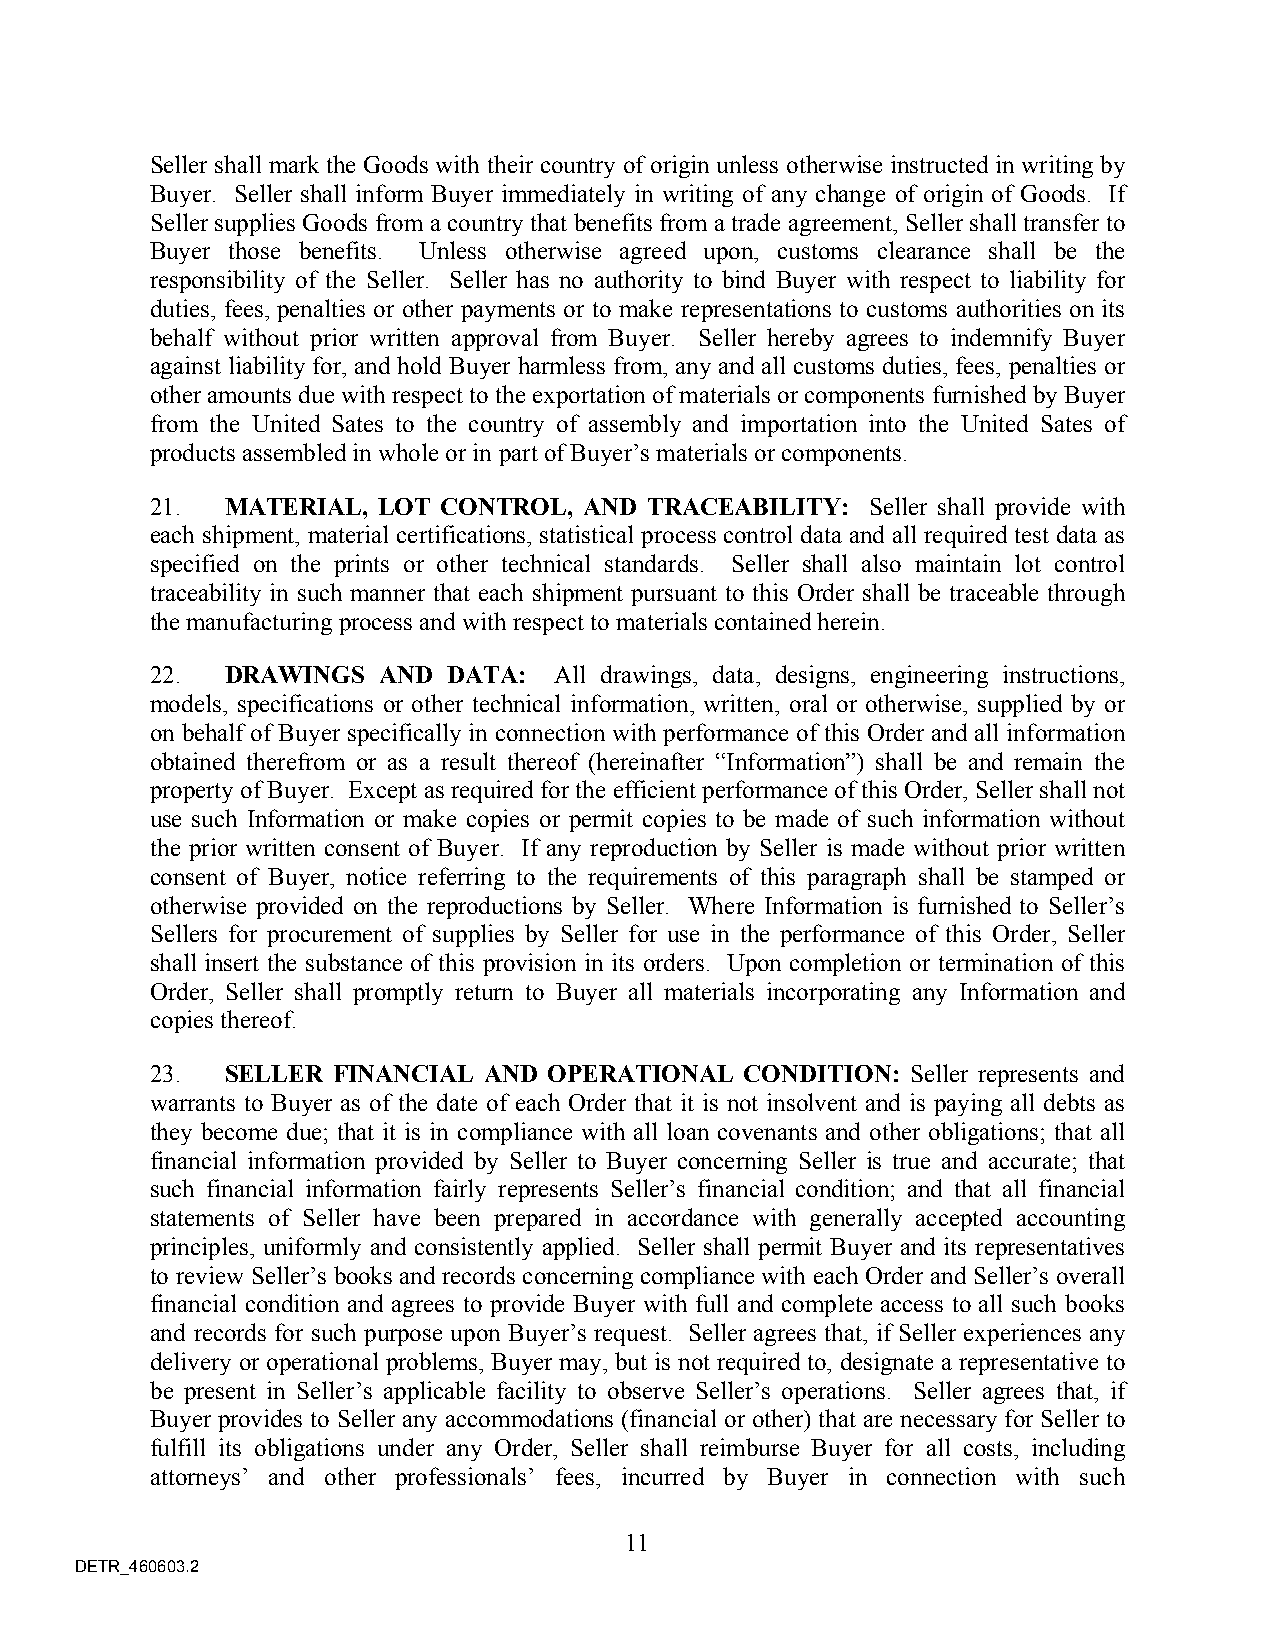
Seller shall mark the Goods with their country of origin unless otherwise instructed in writing by
 Buyer. Seller shall inform Buyer immediately in writing of any change of origin of Goods. If
 Seller supplies Goods from a country that benefits from a trade agreement, Seller shall transfer to
 Buyer those benefits. Unless otherwise agreed upon, customs clearance shall be the
 responsibility of the Seller. Seller has no authority to bind Buyer with respect to liability for
 duties, fees, penalties or other payments or to make representations to customs authorities on its
 behalf without prior written approval from Buyer. Seller hereby agrees to indemnify Buyer
 against liability for, and hold Buyer harmless from, any and all customs duties, fees, penalties or
 other amounts due with respect to the exportation of materials or components furnished by Buyer
 from the United Sates to the country of assembly and importation into the United Sates of
 products assembled in whole or in part of Buyer’s materials or components.
 21.  MATERIAL, LOT CONTROL,  AND TRACEABILITY:  Seller shall provide with
 each shipment, material certifications, statistical process control data and all required test data as
 specified on the prints or other technical standards. Seller shall also maintain lot control
 traceability in such manner that each shipment pursuant to this Order shall be traceable through
 the manufacturing process and with respect to materials contained herein.
 22.  DRAWINGS  AND  DATA:  All drawings, data, designs, engineering instructions,
 models, specifications or other technical information, written, oral or otherwise, supplied by or
 on behalf of Buyer specifically in connection with performance of this Order and all information
 obtained therefrom or as a result thereof (hereinafter “Information”) shall be and remain the
 property of Buyer. Except as required for the efficient performance of this Order, Seller shall not
 use such Information or make copies or permit copies to be made of such information without
 the prior written consent of Buyer. If any reproduction by Seller is made without prior written
 consent of Buyer, notice referring to the requirements of this paragraph shall be stamped or
 otherwise provided on the reproductions by Seller. Where Information is furnished to Seller’s
 Sellers for procurement of supplies by Seller for use in the performance of this Order, Seller
 shall insert the substance of this provision in its orders. Upon completion or termination of this
 Order, Seller shall promptly return to Buyer all materials incorporating any Information and
 copies thereof.
 23.  SELLER FINANCIAL AND OPERATIONAL  CONDITION: Seller represents and
 warrants to Buyer as of the date of each Order that it is not insolvent and is paying all debts as
 they become due; that it is in compliance with all loan covenants and other obligations; that all
 financial information provided by Seller to Buyer concerning Seller is true and accurate; that
 such financial information fairly represents Seller’s financial condition; and that all financial
 statements of Seller have been prepared in accordance with generally accepted accounting
 principles, uniformly and consistently applied. Seller shall permit Buyer and its representatives
 to review Seller’s books and records concerning compliance with each Order and Seller’s overall
 financial condition and agrees to provide Buyer with full and complete access to all such books
 and records for such purpose upon Buyer’s request. Seller agrees that, if Seller experiences any
 delivery or operational problems, Buyer may, but is not required to, designate a representative to
 be present in Seller’s applicable facility to observe Seller’s operations. Seller agrees that, if
 Buyer provides to Seller any accommodations (financial or other) that are necessary for Seller to
 fulfill its obligations under any Order, Seller shall reimburse Buyer for all costs, including
 attorneys’ and other professionals’ fees, incurred by Buyer in connection with such
 11
 DETR_460603.2